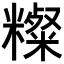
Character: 𥽆